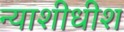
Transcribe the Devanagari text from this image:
न्‍याशीधीश